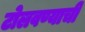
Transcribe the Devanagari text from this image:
टोलवण्याची